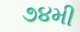
૭૪મી